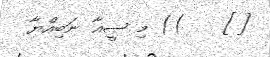
[]    )) މި ޞީޣާ ނަބިއްޔާ